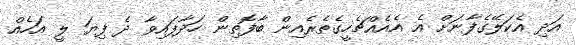
އަދި އެކަލޭގެފާނަށް އެ އެއެއްޗެހީގެތެރެއިން ބާފޮތިން ހަދާފައިވާ ދެ ފިޔަ ލީ އަހެއް